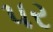
પર